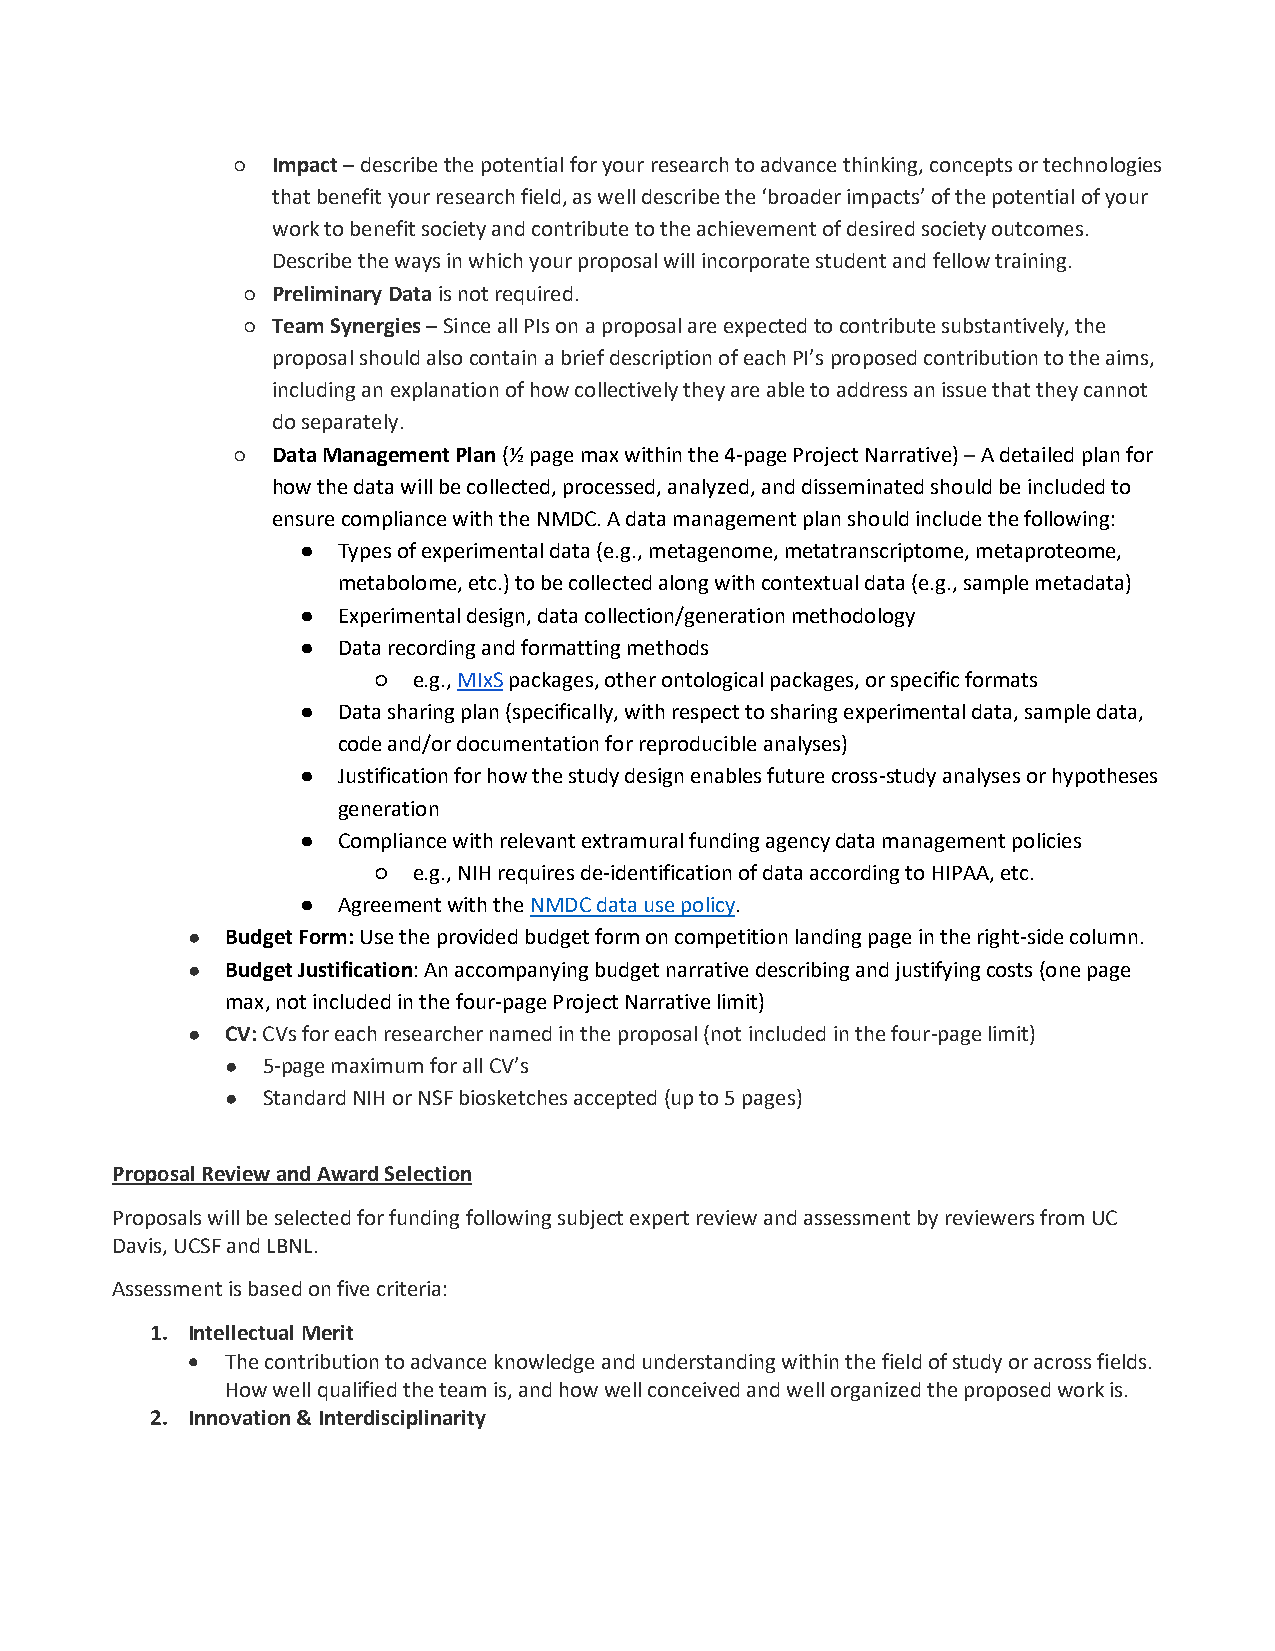
○ Impact – describe the potential for your research to advance thinking, concepts or technologies
 that benefit your research field, as well describe the ‘broader impacts’ of the potential of your
 work to benefit society and contribute to the achievement of desired society outcomes.
 Describe the ways in which your proposal will incorporate student and fellow training.
 ○ Preliminary Data is not required.
 ○ Team Synergies – Since all PIs on a proposal are expected to contribute substantively, the
 proposal should also contain a brief description of each PI’s proposed contribution to the aims,
 including an explanation of how collectively they are able to address an issue that they cannot
 do separately.
 ○ Data Management Plan (½ page max within the 4-page Project Narrative) – A detailed plan for
 how the data will be collected, processed, analyzed, and disseminated should be included to
 ensure compliance with the NMDC. A data management plan should include the following:
 ● Types of experimental data (e.g., metagenome, metatranscriptome, metaproteome,
 metabolome, etc.) to be collected along with contextual data (e.g., sample metadata)
 ● Experimental design, data collection/generation methodology
 ● Data recording and formatting methods
 ○ e.g., MIxS packages, other ontological packages, or specific formats
 ● Data sharing plan (specifically, with respect to sharing experimental data, sample data,
 code and/or documentation for reproducible analyses)
 ● Justification for how the study design enables future cross-study analyses or hypotheses
 generation
 ● Compliance with relevant extramural funding agency data management policies
 ○ e.g., NIH requires de-identification of data according to HIPAA, etc.
 ● Agreement with the NMDC data use policy.
 ●  Budget Form: Use the provided budget form on competition landing page in the right-side column.
 ●  Budget Justification: An accompanying budget narrative describing and justifying costs (one page
 max, not included in the four-page Project Narrative limit)
 ●  CV: CVs for each researcher named in the proposal (not included in the four-page limit)
 ● 5-page maximum for all CV’s
 ● Standard NIH or NSF biosketches accepted (up to 5 pages)
 Proposal Review and Award Selection
 Proposals will be selected for funding following subject expert review and assessment by reviewers from UC
 Davis, UCSF and LBNL.
 Assessment is based on five criteria:
 1. Intellectual Merit
 •  The contribution to advance knowledge and understanding within the field of study or across fields.
 How well qualified the team is, and how well conceived and well organized the proposed work is.
 2. Innovation & Interdisciplinarity